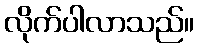
လိုက်ပါလာသည်။